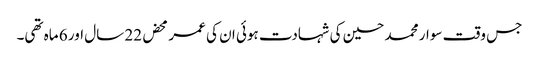
جس وقت سوار محمد حسین کی شہادت ہوئی ان کی عمر محض 22 سال اور 6 ماہ تھی۔